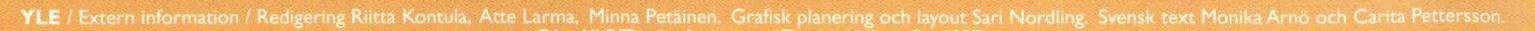
YLE / Extern information / Redigering Riitta Kontula, Atte Larma, Minna Petäinen. Grafisk planering och layout Sari Nordling. Svensk text Monika Arnö och Carita Pettersson.